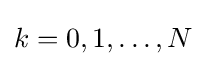
k=0,1,\ldots ,N